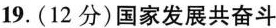
19.(12分)国家发展共奋斗